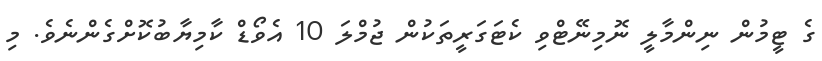
ގެ ޓީމުން ނިންމާލީ ނޮމިނޭޓްވި ކެޓަގަރީތަކުން ޖުމްލަ 10 އެވޯޑް ކާމިޔާބުކޮށްގެންނެވެ. މި